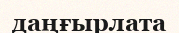
даңғырлата